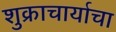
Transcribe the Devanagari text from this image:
शुक्राचार्याचा